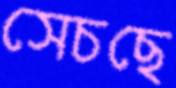
সেচছে